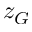
z _ { G }